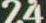
24